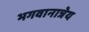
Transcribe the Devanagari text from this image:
भगवानात्रेय